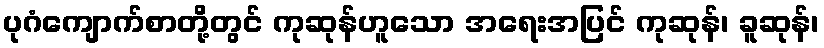
ပုဂံကျောက်စာတို့တွင် ကုဆုန်ဟူသော အရေးအပြင် ကုဆုန်၊ ခူဆုန်၊